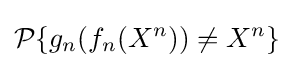
{\mathcal {P}}\{g_{n}(f_{n}(X^{n}))\neq X^{n}\}